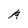
Character: A